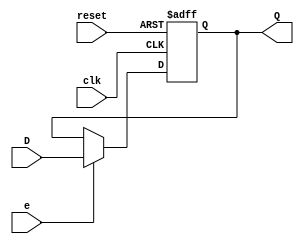
`timescale 1ns / 1ps
//////////////////////////////////////////////////////////////////////////////////
// Company: 
// Engineer: 
// 
// Design Name: 
// Module Name: DReg_wEnable
// Project Name: 
// Target Devices: 
// Tool Versions: 
// Description: 
// 
// Dependencies: 
// 
// Revision:
// Revision 0.01 - File Created
// Additional Comments:
// 
//////////////////////////////////////////////////////////////////////////////////

module DReg_wEnable(
    input clk,
    input reset,
    input e,
    input [7:0] D,
    output reg [7:0] Q
    );
    
    always@(posedge clk, posedge reset) begin 
        if(reset)
            Q <= 8'b0;
        else if(e)
            Q <= D;
    end
endmodule